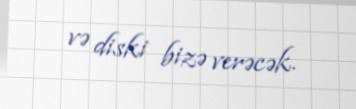
və diski bizə verəcək.